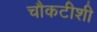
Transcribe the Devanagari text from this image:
चौकटीशी